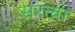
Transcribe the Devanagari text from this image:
सरत्या